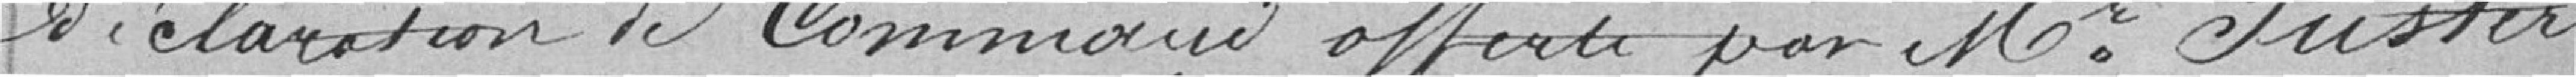
déclaration de commande offerte par monsieur Juster